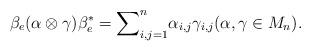
LaTeX: \begin{align*}\beta_e(\alpha\otimes \gamma) \beta_e^* = {\sum}_{i,j=1}^n \alpha_{i,j}\gamma_{i,j} (\alpha, \gamma\in M_n). \end{align*}